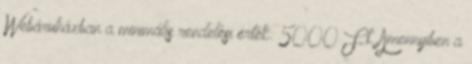
Webáruházban a minimális rendelési érték: 5000 Ft. Amennyiben a